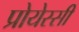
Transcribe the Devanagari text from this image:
प्रोयेस्सी